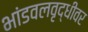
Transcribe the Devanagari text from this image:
भांडवलवृद्धीवर